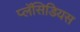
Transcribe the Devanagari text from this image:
प्लॅसिडियस